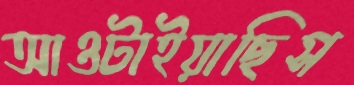
আওটাইয়াছিস